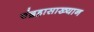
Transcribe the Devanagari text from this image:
चंद्रहासाख्यान